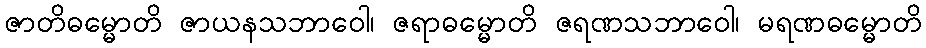
ဇာတိဓမ္မောတိ ဇာယနသဘာဝေါ၊ ဇရာဓမ္မောတိ ဇရဏသဘာဝေါ၊ မရဏဓမ္မောတိ